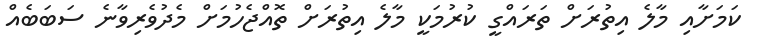
ކަމަށާއި މާލެ އިތުރަށް ތަރައްގީ ކުރުމަކީ މާލެ އިތުރަށް ތޮއްޖެހުމަށް މެދުވެރިވާނެ ސަބަބެއް